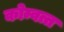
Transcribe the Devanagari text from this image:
कोम्वत्त